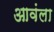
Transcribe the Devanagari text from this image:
आवंला